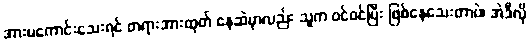
အားမကောင်းသေးရင် တရားအားထုတ် နေဆဲမှာလည်း သူက ဝင်ဝင်ပြီး ဖြစ်နေသေးတာပဲ၊ အဲဒီလို